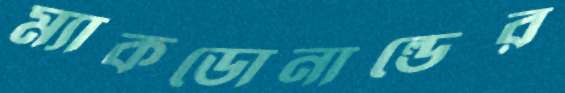
ম্যাকডোনাল্ডের